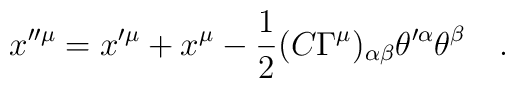
x''^\mu = x'^\mu +x^\mu -{1 \over 2} (C \Gamma^\mu)_{\alpha\beta}            \theta'^\alpha \theta^\beta\quad.